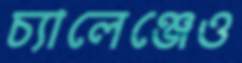
চ্যালেঞ্জেও